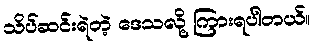
သိပ်ဆင်းရဲတဲ့ ဒေသလို့ ကြားရပါတယ်။